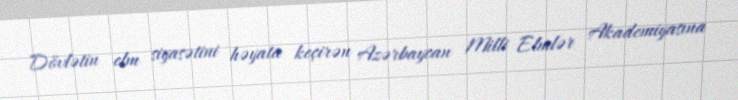
Dövlətin elm siyasətini həyata keçirən Azərbaycan Milli Elmlər Akademiyasına